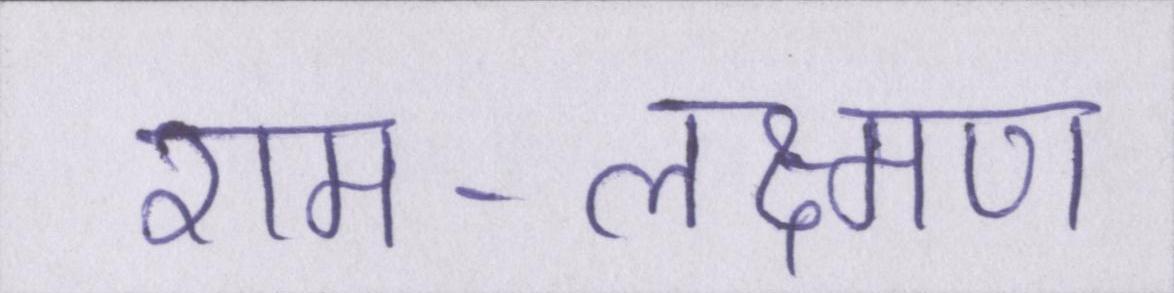
राम-लक्ष्मण